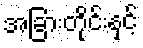
အခြားတိုင်းနှင့်